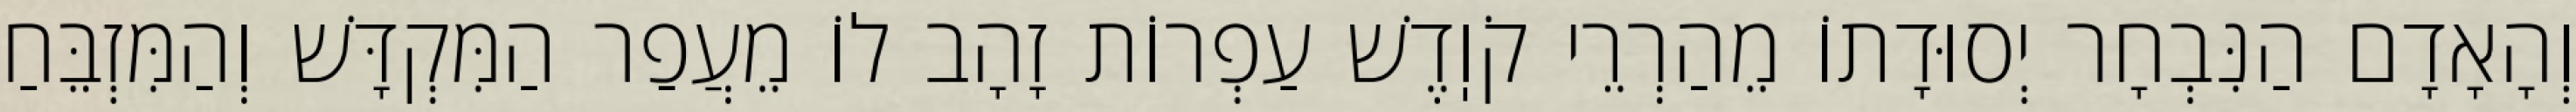
וְהָאָדָם הַנִּבְחָר יְסוּדָתוֹ מֵהַרְרֵי קֹוֽדֶשׁ עַפְרוֹת זָהָב לוֹ מֵעֲפַר הַמִּקְדָּשׁ וְהַמִּזְבֵּחַ